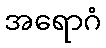
အရောဂံ